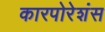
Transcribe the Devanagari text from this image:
कारपोरेशंस